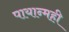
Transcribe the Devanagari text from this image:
पायान्मही